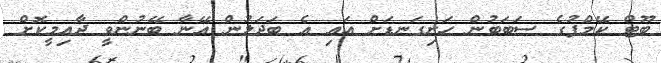
ބޫޓް ކޭމްޕުގެ ސަބަބުން ހަށިގަނޑަށް އައި އެ ބަދަލުން އޭނާ ބޭނުންވީ ދާއިމީކޮށް